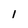
Character: l